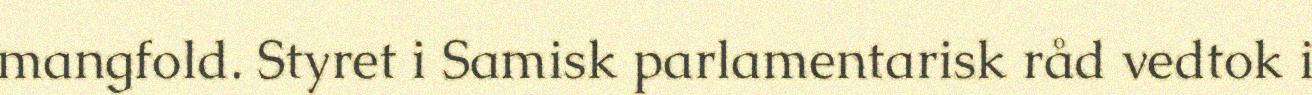
mangfold. Styret i Samisk parlamentarisk råd vedtok i